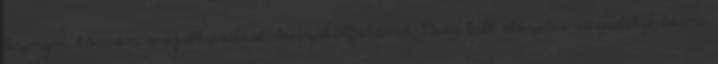
lízingre kössön megállapodást devizakülföldivel. Nem kell előzetes engedélyt kérni